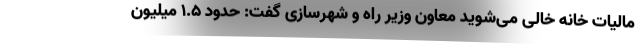
مالیات خانه خالی می‌شوید معاون وزیر راه و شهرسازی گفت: حدود ۱.۵ میلیون